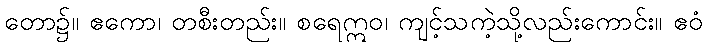
တော၌။ ဧကော၊ တစီးတည်း။ စရေဣဝ၊ ကျင့်သကဲ့သို့လည်းကောင်း။ ဧဝံ